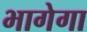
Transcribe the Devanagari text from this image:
भागेगा